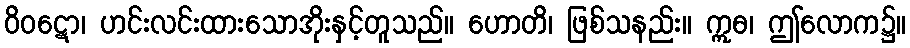
ဝိဝဋော၊ ဟင်းလင်းထားသောအိုးနှင့်တူသည်။ ဟောတိ၊ ဖြစ်သနည်း။ ဣဓ၊ ဤလောက၌။